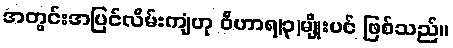
အတွင်းအပြင်လိမ်းကျံဟု ဝိဟာရ(၃)မျိုးပင် ဖြစ်သည်။